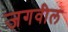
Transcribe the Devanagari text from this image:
जगवील